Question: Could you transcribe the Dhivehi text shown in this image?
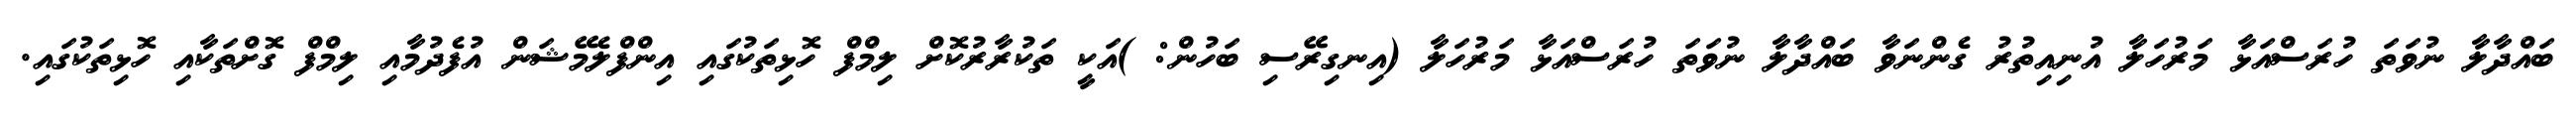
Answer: ބައްދާލާ ނުވަތަ ހުރަސްއަޅާ މަރުހަލާ އުނިއިތުރު ގެންނަވާ ބައްދާލާ ނުވަތަ ހުރަސްއަޅާ މަރުހަލާ (އިނގިރޭސި ބަހުން: )އަކީ ތަކުރާރުކޮށް ލިމްފް ހޮޅިތަކުގައި އިންފްލެމޭޝަން އުފެދުމާއި ލިމްފް ގޮށްތަކާއި ހޮޅިތަކުގައި.